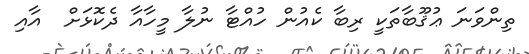
ތިންވަނަ ޢުޤޫބާތަކީ ރިބާ ކެއުން ހުއްޓާ ނުލާ މީހާއާ ދެކޮޅަށް  އާއި